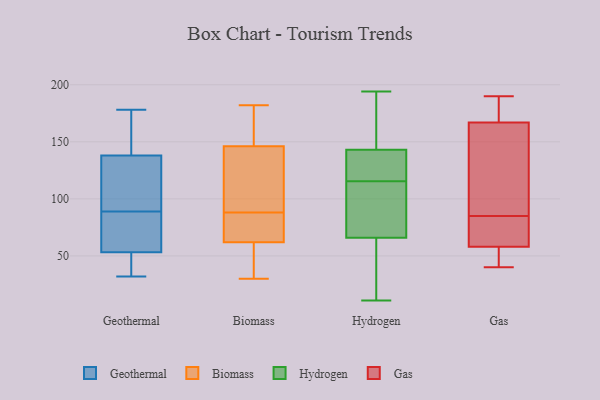
{"axis": {"x": "Gross Profit (USD K)", "y": "Value"}, "legend": ["Biomass", "Gas", "Geothermal", "Hydrogen"], "data": [{"x": "", "y": 108, "type": "Geothermal"}, {"x": "", "y": 63, "type": "Geothermal"}, {"x": "", "y": 132, "type": "Geothermal"}, {"x": "", "y": 128, "type": "Geothermal"}, {"x": "", "y": 178, "type": "Geothermal"}, {"x": "", "y": 50, "type": "Geothermal"}, {"x": "", "y": 150, "type": "Geothermal"}, {"x": "", "y": 42, "type": "Geothermal"}, {"x": "", "y": 32, "type": "Geothermal"}, {"x": "", "y": 140, "type": "Geothermal"}, {"x": "", "y": 155, "type": "Geothermal"}, {"x": "", "y": 88, "type": "Geothermal"}, {"x": "", "y": 75, "type": "Geothermal"}, {"x": "", "y": 89, "type": "Geothermal"}, {"x": "", "y": 48, "type": "Geothermal"}, {"x": "", "y": 136, "type": "Biomass"}, {"x": "", "y": 42, "type": "Biomass"}, {"x": "", "y": 58, "type": "Biomass"}, {"x": "", "y": 98, "type": "Biomass"}, {"x": "", "y": 128, "type": "Biomass"}, {"x": "", "y": 150, "type": "Biomass"}, {"x": "", "y": 164, "type": "Biomass"}, {"x": "", "y": 182, "type": "Biomass"}, {"x": "", "y": 70, "type": "Biomass"}, {"x": "", "y": 63, "type": "Biomass"}, {"x": "", "y": 30, "type": "Biomass"}, {"x": "", "y": 62, "type": "Biomass"}, {"x": "", "y": 78, "type": "Biomass"}, {"x": "", "y": 146, "type": "Biomass"}, {"x": "", "y": 29, "type": "Hydrogen"}, {"x": "", "y": 141, "type": "Hydrogen"}, {"x": "", "y": 77, "type": "Hydrogen"}, {"x": "", "y": 119, "type": "Hydrogen"}, {"x": "", "y": 177, "type": "Hydrogen"}, {"x": "", "y": 28, "type": "Hydrogen"}, {"x": "", "y": 117, "type": "Hydrogen"}, {"x": "", "y": 15, "type": "Hydrogen"}, {"x": "", "y": 194, "type": "Hydrogen"}, {"x": "", "y": 186, "type": "Hydrogen"}, {"x": "", "y": 86, "type": "Hydrogen"}, {"x": "", "y": 142, "type": "Hydrogen"}, {"x": "", "y": 115, "type": "Hydrogen"}, {"x": "", "y": 66, "type": "Hydrogen"}, {"x": "", "y": 66, "type": "Hydrogen"}, {"x": "", "y": 11, "type": "Hydrogen"}, {"x": "", "y": 150, "type": "Hydrogen"}, {"x": "", "y": 144, "type": "Hydrogen"}, {"x": "", "y": 116, "type": "Hydrogen"}, {"x": "", "y": 69, "type": "Hydrogen"}, {"x": "", "y": 77, "type": "Gas"}, {"x": "", "y": 49, "type": "Gas"}, {"x": "", "y": 93, "type": "Gas"}, {"x": "", "y": 190, "type": "Gas"}, {"x": "", "y": 65, "type": "Gas"}, {"x": "", "y": 117, "type": "Gas"}, {"x": "", "y": 167, "type": "Gas"}, {"x": "", "y": 58, "type": "Gas"}, {"x": "", "y": 174, "type": "Gas"}, {"x": "", "y": 40, "type": "Gas"}]}